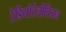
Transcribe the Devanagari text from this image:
रेडियोटेलीविजन